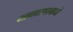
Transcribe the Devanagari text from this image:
बाह्यावरणामध्ये